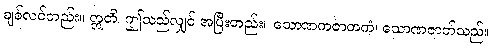
ချစ်လင်တည်း။ ဣတိ၊ ဤသည်လျှင် အပြီးတည်း။ သောဏကဇာတကံ၊ သောဏဇာတ်သည်။